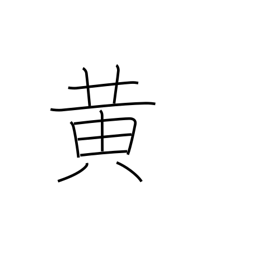
Meaning: yellow